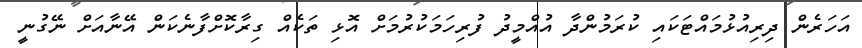
އަހަރެން ދިރިއުޅުމައްޓަކައި ކުރަމުންދާ އުއްމީދު ފުރިހަމަކުރުމަށް އޮޅި ތަކެއް ގިރާކޮށްފާނެކަން އޭނާއަށް ނޭގުނީ